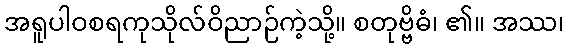
အရူပါဝစရကုသိုလ်ဝိညာဉ်ကဲ့သို့။ စတုဗ္ဗိဓံ၊ ၏။ အဿ၊